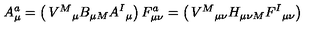
A _ { \mu } ^ { a } = \left( \begin{matrix} { V ^ { M } { } _ { \mu } } \\ { B _ { \mu M } } \\ { A ^ { I } { } _ { \mu } } \\ \end{matrix} \right) { } F _ { \mu \nu } ^ { a } = \left( \begin{matrix} { V ^ { M } { } _ { \mu \nu } } \\ { H _ { \mu \nu M } } \\ { F ^ { I } { } _ { \mu \nu } } \\ \end{matrix} \right)